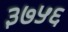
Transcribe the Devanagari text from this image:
३७५६